Scottish Leaving Certificate Examination, 1959
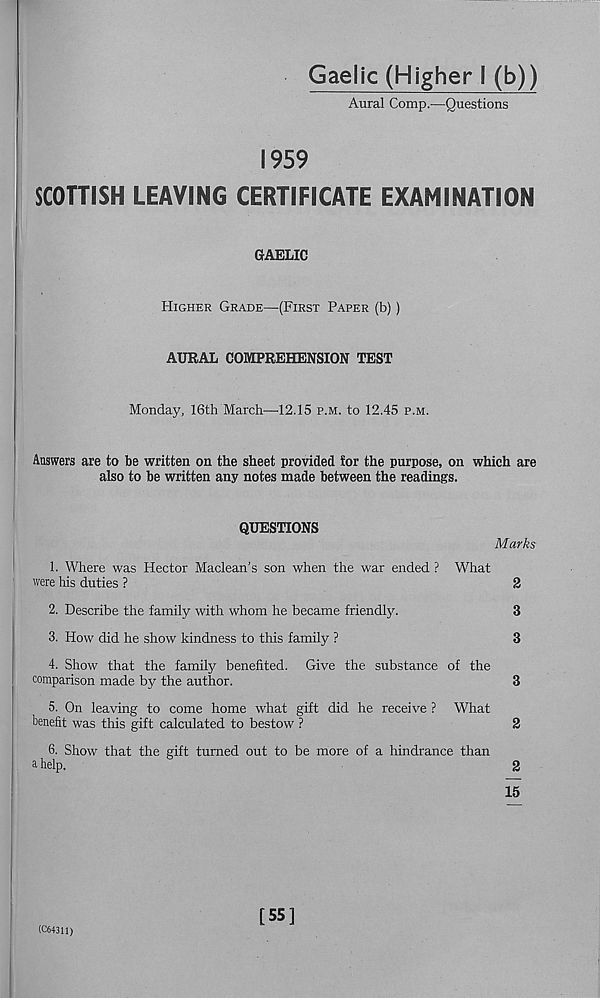
Gaelic (Higher I (b))
Aural Comp.-—Questions
1959
SCOTTISH LEAVING CERTIFICATE EXAMINATION
GAELIC
Higher Grade—(First Paper (b))
AURAL COMPREHENSION TEST
Monday, 16th March—12.15 p.m. to 12.45 p.m.
Answers are to be written on the sheet provided tor the purpose, on which are
also to be written any notes made between the readings.
QUESTIONS
Marks
1. Where was Hector Maclean’s son when the war ended ? What
were his duties ?
2
2. Describe the family with whom he became friendly.
3
3. How did he show kindness to this family ?
3
4. Show that the family benefited. Give the substance of the
comparison made by the author.
3
5. On leaving to come home what gift did he receive ? What
benefit was this gift calculated to bestow ?
2
6. Show that the gift turned out to be more of a hindrance than
a help.
g
15
(C64311)
[55]